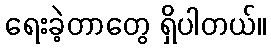
ရေးခဲ့တာတွေ ရှိပါတယ်။